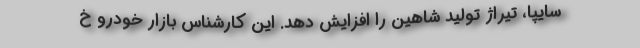
سايپا، تيراژ توليد شاهين را افزايش دهد. اين كارشناس بازار خودرو خ